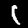
Label: 1